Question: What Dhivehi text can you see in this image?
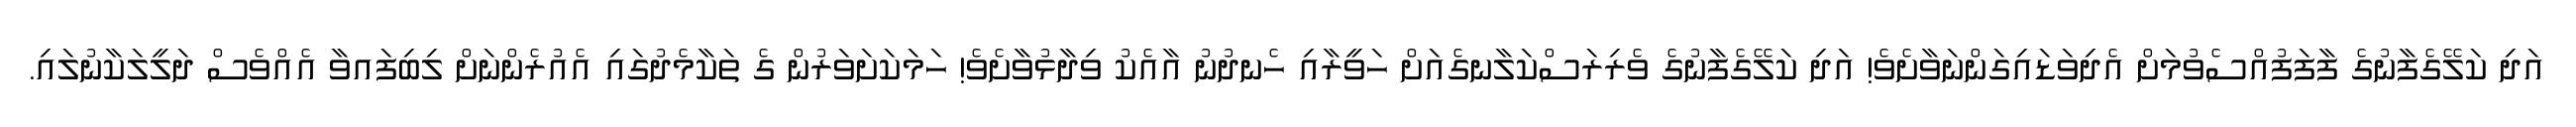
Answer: އަދި ކަލޭގެފާނުގެ ފާފަފުއްސެވުމަށް އެދިވަޑައިގަންނަވާށެވެ! އަދި ކަލޭގެފާނުގެ ވެރިރަސްކަލާނގެއަށް ހަވީރާއި ހެނދުނު އާއެކު ވިދާޅުވާށެވެ! ހަމަކަށަވަރުން ގެ ތަކާމެދުގައި އެއުރެންނަށް ލިބިފައވާ އެއްވެސް ދަލީލަކާނުލައި.